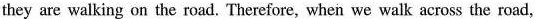
they are walking on the road.Therefore, when we walk across the road,